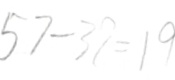
5 7 - 3 7 = 1 9